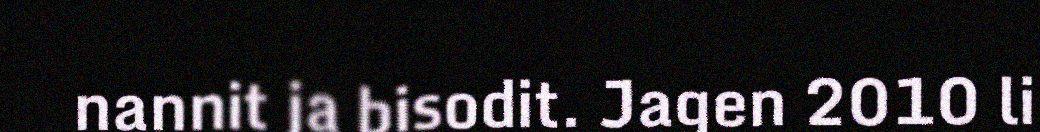
nannit ja bisodit. Jagen 2010 li